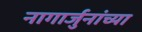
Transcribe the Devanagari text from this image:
नागार्जुनांच्या